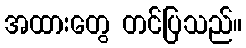
အထားတွေ တင်ပြသည်။